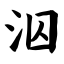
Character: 泅